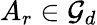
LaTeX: A_{r}\in{\mathcal G}_{d}